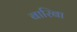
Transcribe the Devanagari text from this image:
बारिबा